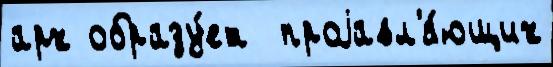
арх образу́ет  проjавл'я́ющих